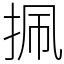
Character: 㧩